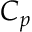
C _ { p }